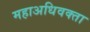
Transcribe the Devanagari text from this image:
महाअधिवक्ता